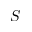
S